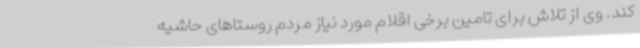
کند. وی از تلاش برای تامین برخی اقلام مورد نیاز مردم روستاهای حاشیه